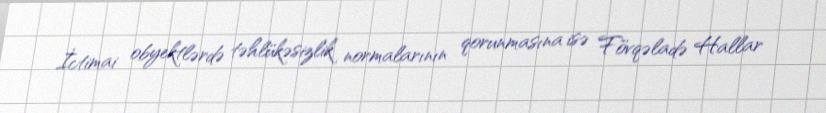
İctimai obyektlərdə təhlükəsizlik normalarının qorunmasına isə Fövqəladə Hallar